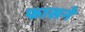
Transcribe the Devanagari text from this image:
फासने